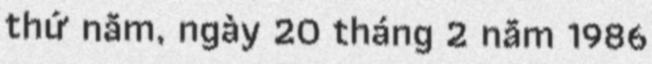
thứ năm, ngày 20 tháng 2 năm 1986